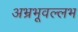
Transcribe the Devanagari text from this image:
अभ्रभूवल्लभ